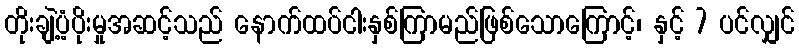
တိုးချဲ့ပံ့ပိုးမှုအဆင့်သည် နောက်ထပ်ငါးနှစ်ကြာမည်ဖြစ်သောကြောင့်၊ နှင့် 7 ပင်လျှင်